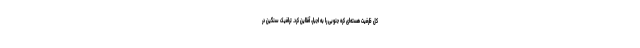
کل ظرفیت هسته‌ای کره جنوبی را به اجبار، آفلاین کرد. ترافیک سنگین در